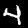
Digit: 4